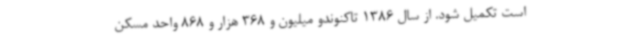
است تکمیل شود. از سال 1386 تاکنوندو میلیون و 368 هزار و 868 واحد مسکن